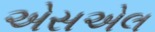
એસએલ